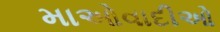
માઓવાદીઓ